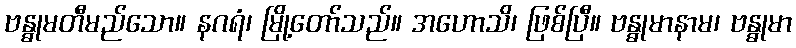
ဗန္ဓုမတီမည်သော။ နဂရံ၊ မြို့တော်သည်။ အဟောသိ၊ ဖြစ်ပြီ။ ဗန္ဓုမာနာမ၊ ဗန္ဓုမာ